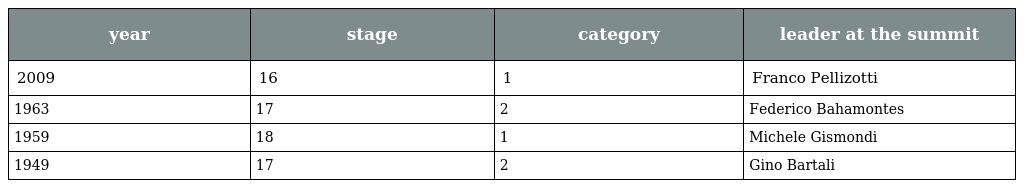
| year | stage | category | leader at the summit |
 | --- | --- | --- | --- |
 | 2009 | 16 | 1 | Franco Pellizotti |
 | 1963 | 17 | 2 | Federico Bahamontes |
 | 1959 | 18 | 1 | Michele Gismondi |
 | 1949 | 17 | 2 | Gino Bartali |